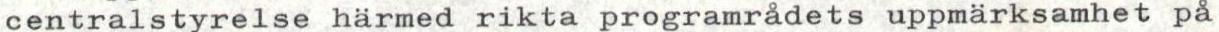
centralstyrelse härmed rikta programrådets uppmärksamhet på